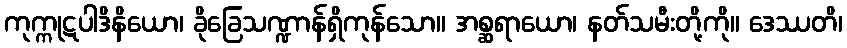
ကုက္ကုဋပါဒိနိယော၊ ခိုခြေသဏ္ဍာန်ရှိကုန်သော။ အစ္ဆရာယော၊ နတ်သမီးတို့ကို။ ဒေဿတိ၊